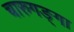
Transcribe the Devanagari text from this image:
चारुगङ्गा